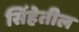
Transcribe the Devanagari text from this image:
सिंहेतील